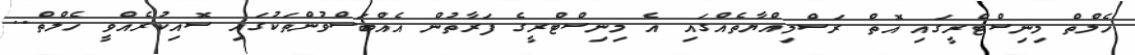
ހެލްތް މިނިސްޓްރީގައި އޮތް ރަސްމިއްޔާތެއްގައި އެ މިނިސްޓްރީގެ ފަރާތުން އެއްބަސްވުންތަކުގައި ސޮއިކުރެއްވީ ހެލްތް..